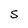
Character: S